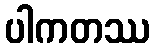
ပါကတဿ